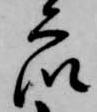
衆